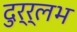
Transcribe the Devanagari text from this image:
दुर्र्लभ